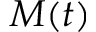
M ( t )